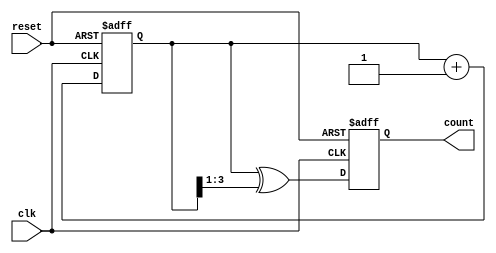
module gray_code_ring_counter (
  input wire clk,
  input wire reset,
  output reg [n-1:0] count
);

  parameter n = 4; // Number of bits in the Gray code counter
  reg [n-1:0] next_count;

  always @(posedge clk or posedge reset) begin
    if (reset) begin
      next_count <= 0;
    end else begin
      next_count <= next_count + 1;
    end
  end

  always @(posedge clk or posedge reset) begin
    if (reset) begin
      count <= 0;
    end else begin
      count <= next_count ^ (next_count >> 1); // Generating Gray code
    end
  end

endmodule